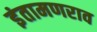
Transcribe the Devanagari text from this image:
इंतामणराव